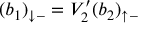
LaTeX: ( b _ { 1 } ) _ { \downarrow - } = V _ { 2 } ^ { \prime } ( b _ { 2 } ) _ { \uparrow - }